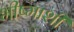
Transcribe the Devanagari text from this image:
भीष्माशी